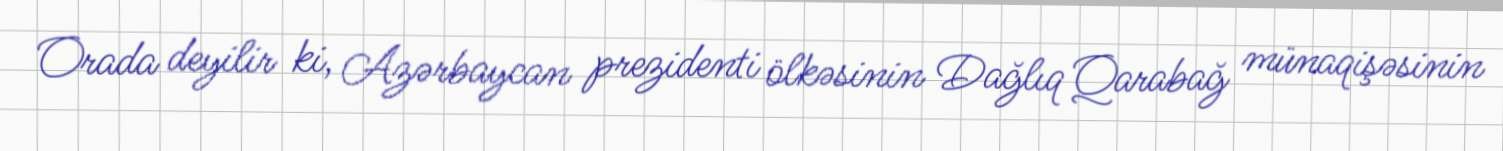
Orada deyilir ki, Azərbaycan prezidenti ölkəsinin Dağlıq Qarabağ münaqişəsinin